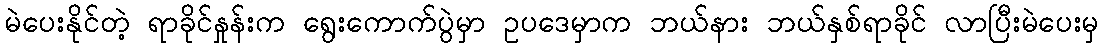
မဲပေးနိုင်တဲ့ ရာခိုင်နှုန်းက ရွေးကောက်ပွဲမှာ ဥပဒေမှာက ဘယ်နား ဘယ်နှစ်ရာခိုင် လာပြီးမဲပေးမှ